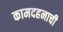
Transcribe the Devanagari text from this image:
कामदहनाची